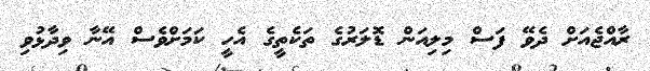
ރާއްޖެއަށް ދެވޭ ފަސް މިލިއަން ޑޮލަރުގެ ތަކެތީގެ އެހީ ކަމަށްވެސް އޭނާ ވިދާޅުވި